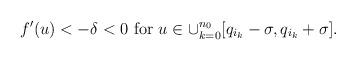
LaTeX: \begin{align*}f'(u)< -\delta<0 \mbox{ for } u\in\cup_{k=0}^{n_0}[q_{i_k}-\sigma,q_{i_k}+\sigma].\end{align*}